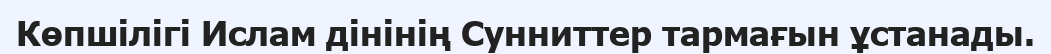
Көпшілігі Ислам дінінің Сунниттер тармағын ұстанады.